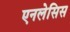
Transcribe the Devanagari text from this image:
एनलेसिस